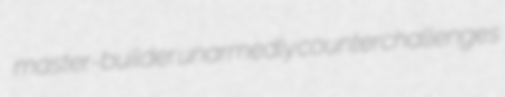
master-builder unarmedly counterchallenges